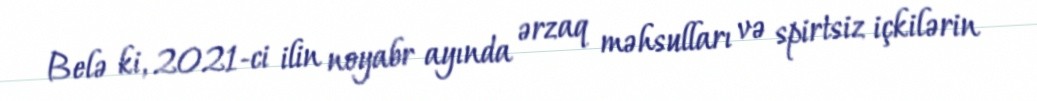
Belə ki, 2021-ci ilin noyabr ayında ərzaq məhsulları və spirtsiz içkilərin